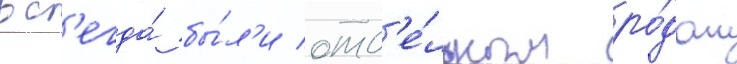
вс'егда́ бы́л'и отд'е́льным ро́дом